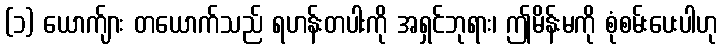
(၁) ယောက်ျား တယောက်သည် ရဟန်းတပါးကို အရှင်ဘုရား၊ ဤမိန်းမကို စုံစမ်းပေးပါဟု